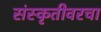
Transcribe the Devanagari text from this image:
संस्कृतीवरचा